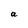
Character: a